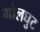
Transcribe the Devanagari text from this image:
गोलघुट